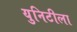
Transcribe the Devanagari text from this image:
युनिटीला